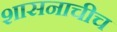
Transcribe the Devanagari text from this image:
शासनाचीच